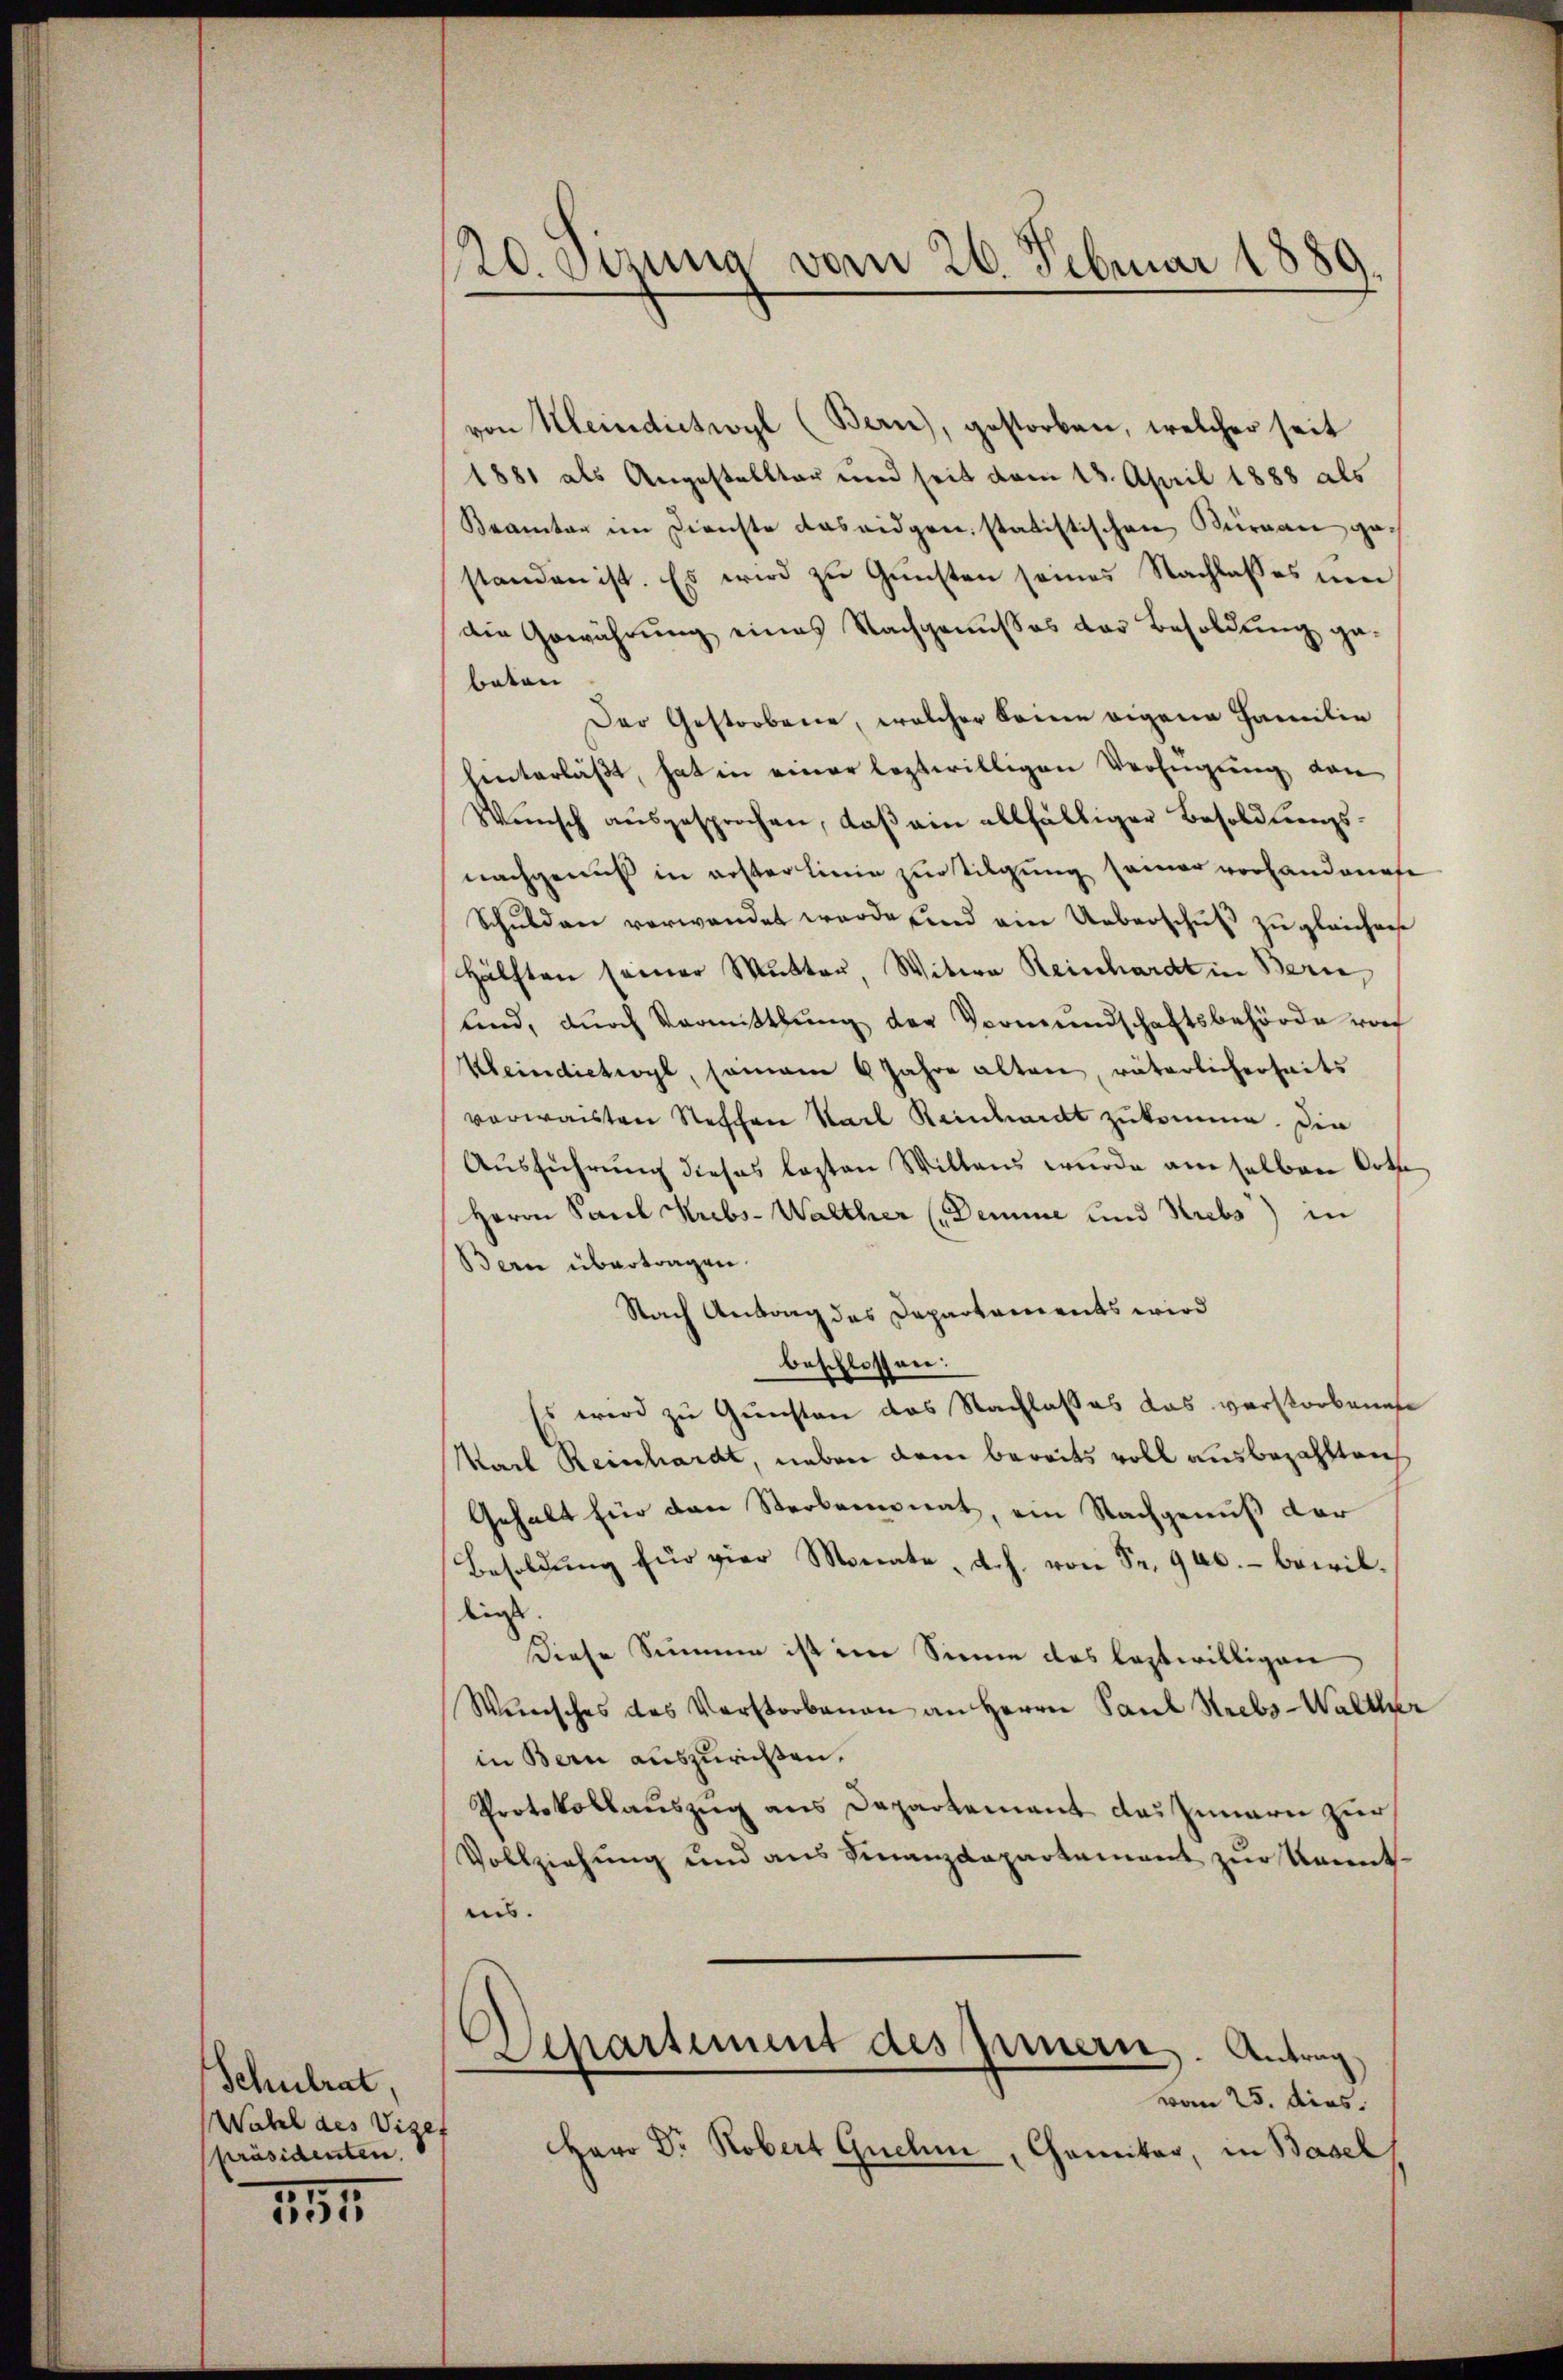
Schulrat,
Wahl des Vizef
präsidenten.

114.

20. Sizung vom 26. Februar 1889.

von Meindictwyl (Bern), gestorben, welcher seit
1881 als Angestalltar und seit vom 18. April 1888 als
Beamter im Dienste das eidgen. statistischen Büreau gestanden ist. Es wird zu Gunsten seines Nachlasses um
die Gewährung eines Nachgenusses der Besoldung ga
beten
Der Gestorbene, welcher keine eigene Familie
hinterläßt, hat in einer leztwilligen Verfügung von
Wünsch aŭsgesprochen, daβ ein allfälliger Besoldlŭngs-
nachgenuß in erster Linie zur Tilgung seiner vorhandenese
Schŭlden verwandet werde und ein Ueberschŭβ zŭ gleichnee
Hälften seiner Mutter, Witwe Reinhardt in Bern,
lnd, durch Vormittlung der Vormundschaftsbehörde vor
Keindietwyl, somane 6 Jahre alten, väterlicherseits
verwaisten Stechen Karl Reidhardt zukomme. Die
Ausführung dieses lezten Willens wurde am selben Orte
Herrn Paul Krebs- Walther (Demine und Strebs) in
Bern übertragen.
Nach Antrag des Dapartonirets wird
beschlossen:
Es wird zu Gunsten das Nachlasses das verstorbenen
Marl Reinhardt, neben dem bereits voll ausbezahlteich
Gehalt für den Sterbemonat, ein Nachgenuß der
Besoldung für vier Monate, d.h. von Sr. 900.- bewilließ.
Diese Simmen ist im Sinne des leztwilligen
Wünsches des Verstorbenau an Herrn Paul Strebs-Walther
in Bern auszurichten.
Protokollauszug aus Departement das Innern zur
Vollziehung und aus Finanzdepartement zur Unentins.
Separtement des Innern. Antrag,
vom 25. dies.
Herr Dr. Robert Gnehm , Chameitar, in Basel